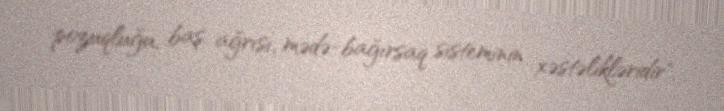
pozuqluğu, baş ağrısı, mədə-bağırsaq sisteminin xəstəlikləridir".